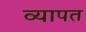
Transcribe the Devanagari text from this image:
व्‍यापत